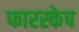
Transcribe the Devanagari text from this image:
फारस्केप